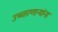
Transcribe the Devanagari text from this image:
उच्चारणार्‍यांना